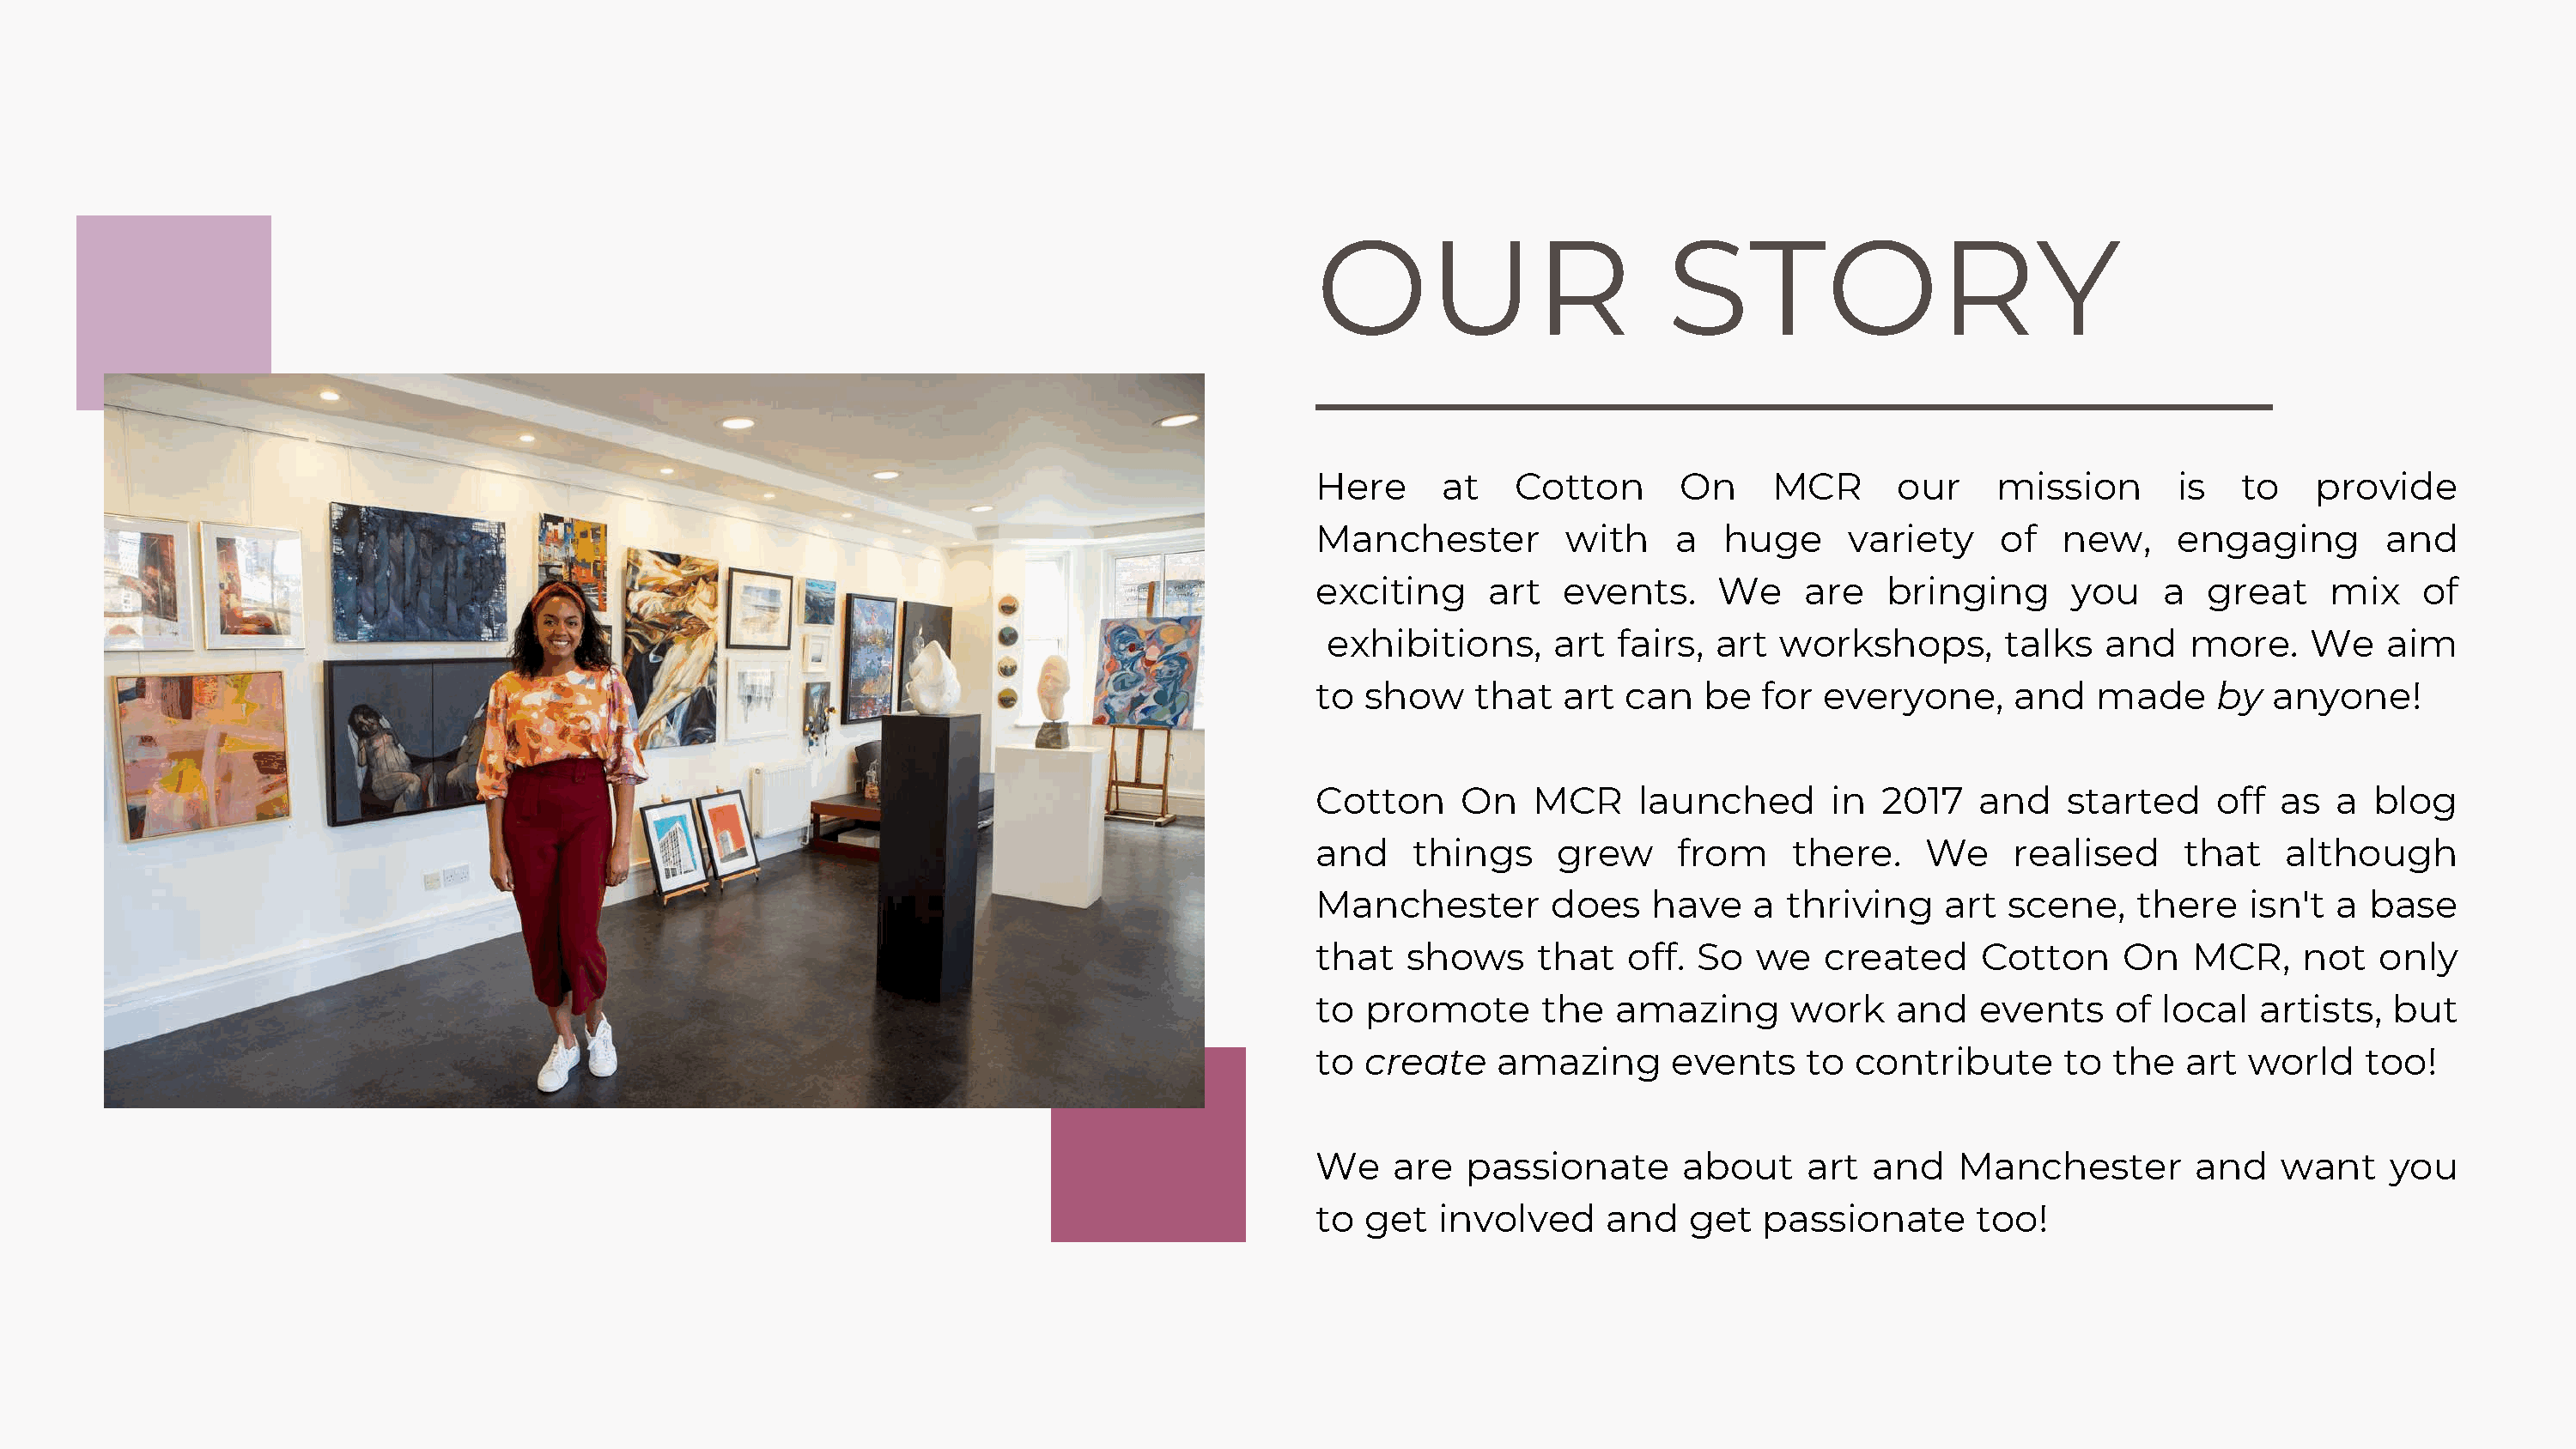
OUR                         STORY
 Here      at    Cotton       On     MCR      our     mission       is   to   provide
 Manchester          with    a   huge     variety     of   new,     engaging        and
 exciting      art   events.    We     are   bringing       you    a  great     mix    of
 exhibitions,      art  fairs, art  workshops,        talks  and    more.    We    aim
 to  show     that  art  can   be   for  everyone,     and    made     by  anyone!
 Cotton      On   MCR     launched       in  2017    and   started     off  as  a  blog
 and     things     grew     from     there.    We     realised     that    although
 Manchester         does   have    a  thriving    art  scene,    there   isn't  a  base
 that   shows      that  off.  So  we    created     Cotton     On   MCR,     not  only
 to  promote       the   amazing      work    and    events    of  local  artists,  but
 to  create    amazing       events    to  contribute      to  the  art  world    too!
 We    are   passionate       about    art  and    Manchester        and    want    you
 to  get   involved     and   get   passionate      too!